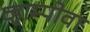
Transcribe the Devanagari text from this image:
व्हाम्पोवा